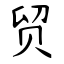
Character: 贸